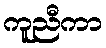
ကူညီကာ